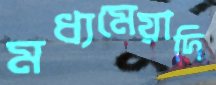
মধ্যমেয়াদি